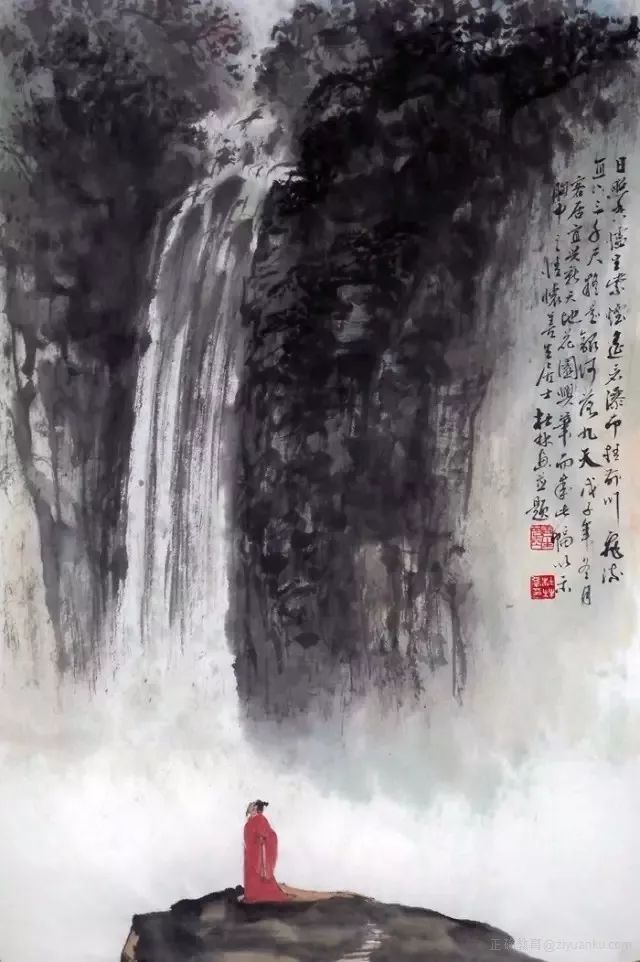
飞流直下三千尺，疑是银河落九天。